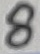
Text: 8